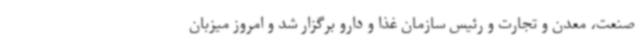
صنعت، معدن و تجارت و رئیس سازمان غذا و دارو برگزار شد و امروز میزبان